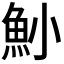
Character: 𩵖